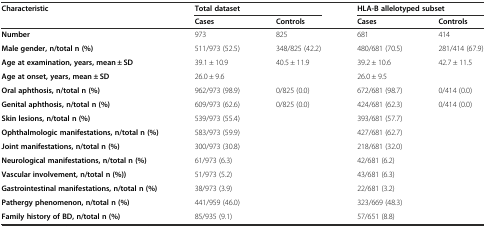
| Characteristic | <COLSPAN=2> Total dataset | <COLSPAN=2> HLA-B allelotyped subset |
 |  | Cases | Controls | Cases | Controls |
 | --- | --- | --- | --- | --- |
 | Number | 973 | 825 | 681 | 414 |
 | Male gender, n/total n (%) | 511/973 (52.5) | 348/825 (42.2) | 480/681 (70.5) | 281/414 (67.9) |
 | Age at examination, years, mean ± SD | 39.1 ± 10.9 | 40.5 ± 11.9 | 39.2 ± 10.6 | 42.7 ± 11.5 |
 | Age at onset, years, mean ± SD | 26.0 ± 9.6 |  | 26.0 ± 9.5 |  |
 | Oral aphthosis, n/total n (%) | 962/973 (98.9) | 0/825 (0.0) | 672/681 (98.7) | 0/414 (0.0) |
 | Genital aphthosis, n/total n (%) | 609/973 (62.6) | 0/825 (0.0) | 424/681 (62.3) | 0/414 (0.0) |
 | Skin lesions, n/total n (%) | 539/973 (55.4) |  | 393/681 (57.7) |  |
 | Ophthalmologic manifestations, n/total n (%) | 583/973 (59.9) |  | 427/681 (62.7) |  |
 | Joint manifestations, n/total n (%) | 300/973 (30.8) |  | 218/681 (32.0) |  |
 | Neurological manifestations, n/total n (%) | 61/973 (6.3) |  | 42/681 (6.2) |  |
 | Vascular involvement, n/total n (%)) | 51/973 (5.2) |  | 43/681 (6.3) |  |
 | Gastrointestinal manifestations, n/total n (%) | 38/973 (3.9) |  | 22/681 (3.2) |  |
 | Pathergy phenomenon, n/total n (%) | 441/959 (46.0) |  | 323/669 (48.3) |  |
 | Family history of BD, n/total n (%) | 85/935 (9.1) |  | 57/651 (8.8) |  |